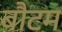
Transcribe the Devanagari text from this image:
बौटम